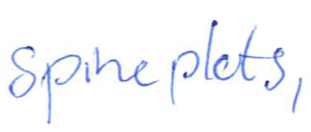
Text: spineplots,
Cross-out: clean
Writing tool: ballpoint